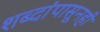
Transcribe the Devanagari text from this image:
शब्दांपासूनही